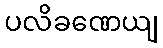
ပလိခဏေယျ